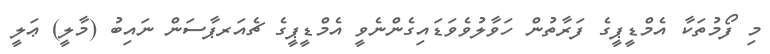
މި ފޯމުތަކާ އެމްޑީޕީގެ ފަރާތުން ހަވާލުވެވަޑައިގެންނެވީ އެމްޑީޕީގެ ޗެއަރޕާސަން ނައިބު (މާލީ) ޢަލީ